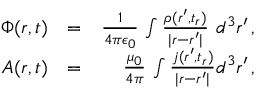
\begin{array} { r l r } { \Phi ( \boldsymbol { r } , t ) } & { = } & { \frac { 1 } { 4 \pi \epsilon _ { 0 } } \, \int \frac { \rho ( \boldsymbol { r } ^ { \prime } , t _ { r } ) } { | \boldsymbol { r } - \boldsymbol { r } ^ { \prime } | } \, \, d ^ { 3 } \boldsymbol { r } ^ { \prime } \, , } \\ { \boldsymbol { A } ( \boldsymbol { r } , t ) } & { = } & { \frac { \mu _ { 0 } } { 4 \pi } \, \int \frac { \boldsymbol { j } ( \boldsymbol { r } ^ { \prime } , t _ { r } ) } { | \boldsymbol { r } - \boldsymbol { r } ^ { \prime } | } d ^ { 3 } \boldsymbol { r } ^ { \prime } \, , } \end{array}